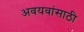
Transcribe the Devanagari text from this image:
अवयवांसाठी